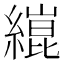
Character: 𦄬